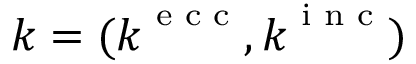
\boldsymbol { k } = ( \boldsymbol { k } ^ { \textnormal { \scriptsize e c c } } , \boldsymbol { k } ^ { \textnormal { \scriptsize i n c } } )